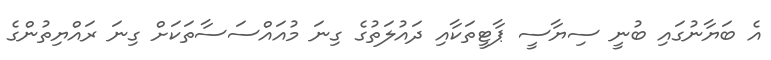
އެ ބަޔާނުގައި ބުނީ ސިޔާސީ ޕާޓީތަކާއި ދައުލަތުގެ ގިނަ މުއައްސަސާތަކަށް ގިނަ ރައްޔިތުންގެ